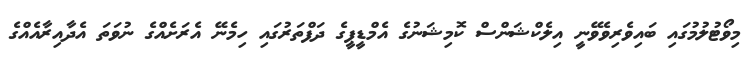
މިވޯޓުލުމުގައި ބައިވެރިވެވޭނީ އިލެކްޝަންސް ކޮމިޝަނުގެ އެމްޑީޕީގެ ދަފްތަރުގައި ހިމެނޭ އެރަށެއްގެ ނުވަތަ އެދާއިރާއެއްގެ